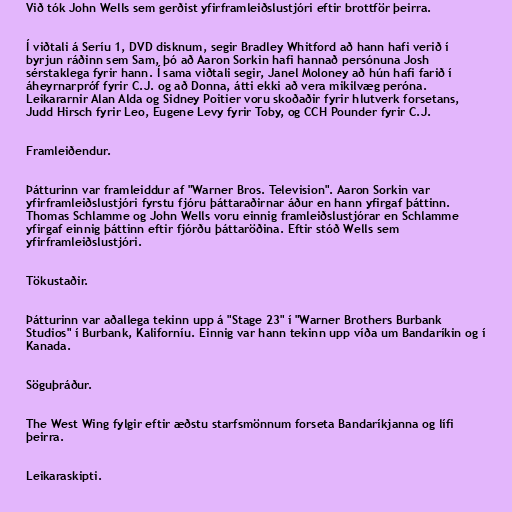
Við tók John Wells sem gerðist yfirframleiðslustjóri eftir brottför þeirra.

Í viðtali á Seríu 1, DVD disknum, segir Bradley Whitford að hann hafi verið í
byrjun ráðinn sem Sam, þó að Aaron Sorkin hafi hannað persónuna Josh
sérstaklega fyrir hann. Í sama viðtali segir, Janel Moloney að hún hafi farið í
áheyrnarpróf fyrir C.J. og að Donna, átti ekki að vera mikilvæg peróna.
Leikararnir Alan Alda og Sidney Poitier voru skoðaðir fyrir hlutverk forsetans,
Judd Hirsch fyrir Leo, Eugene Levy fyrir Toby, og CCH Pounder fyrir C.J.

Framleiðendur.

Þátturinn var framleiddur af "Warner Bros. Television". Aaron Sorkin var
yfirframleiðslustjóri fyrstu fjóru þáttaraðirnar áður en hann yfirgaf þáttinn.
Thomas Schlamme og John Wells voru einnig framleiðslustjórar en Schlamme
yfirgaf einnig þáttinn eftir fjórðu þáttaröðina. Eftir stóð Wells sem
yfirframleiðslustjóri.

Tökustaðir.

Þátturinn var aðallega tekinn upp á "Stage 23" í "Warner Brothers Burbank
Studios" í Burbank, Kaliforníu. Einnig var hann tekinn upp víða um Bandaríkin og í
Kanada.

Söguþráður.

The West Wing fylgir eftir æðstu starfsmönnum forseta Bandaríkjanna og lífi
þeirra.

Leikaraskipti.